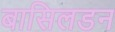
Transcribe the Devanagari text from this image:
बासिलडन